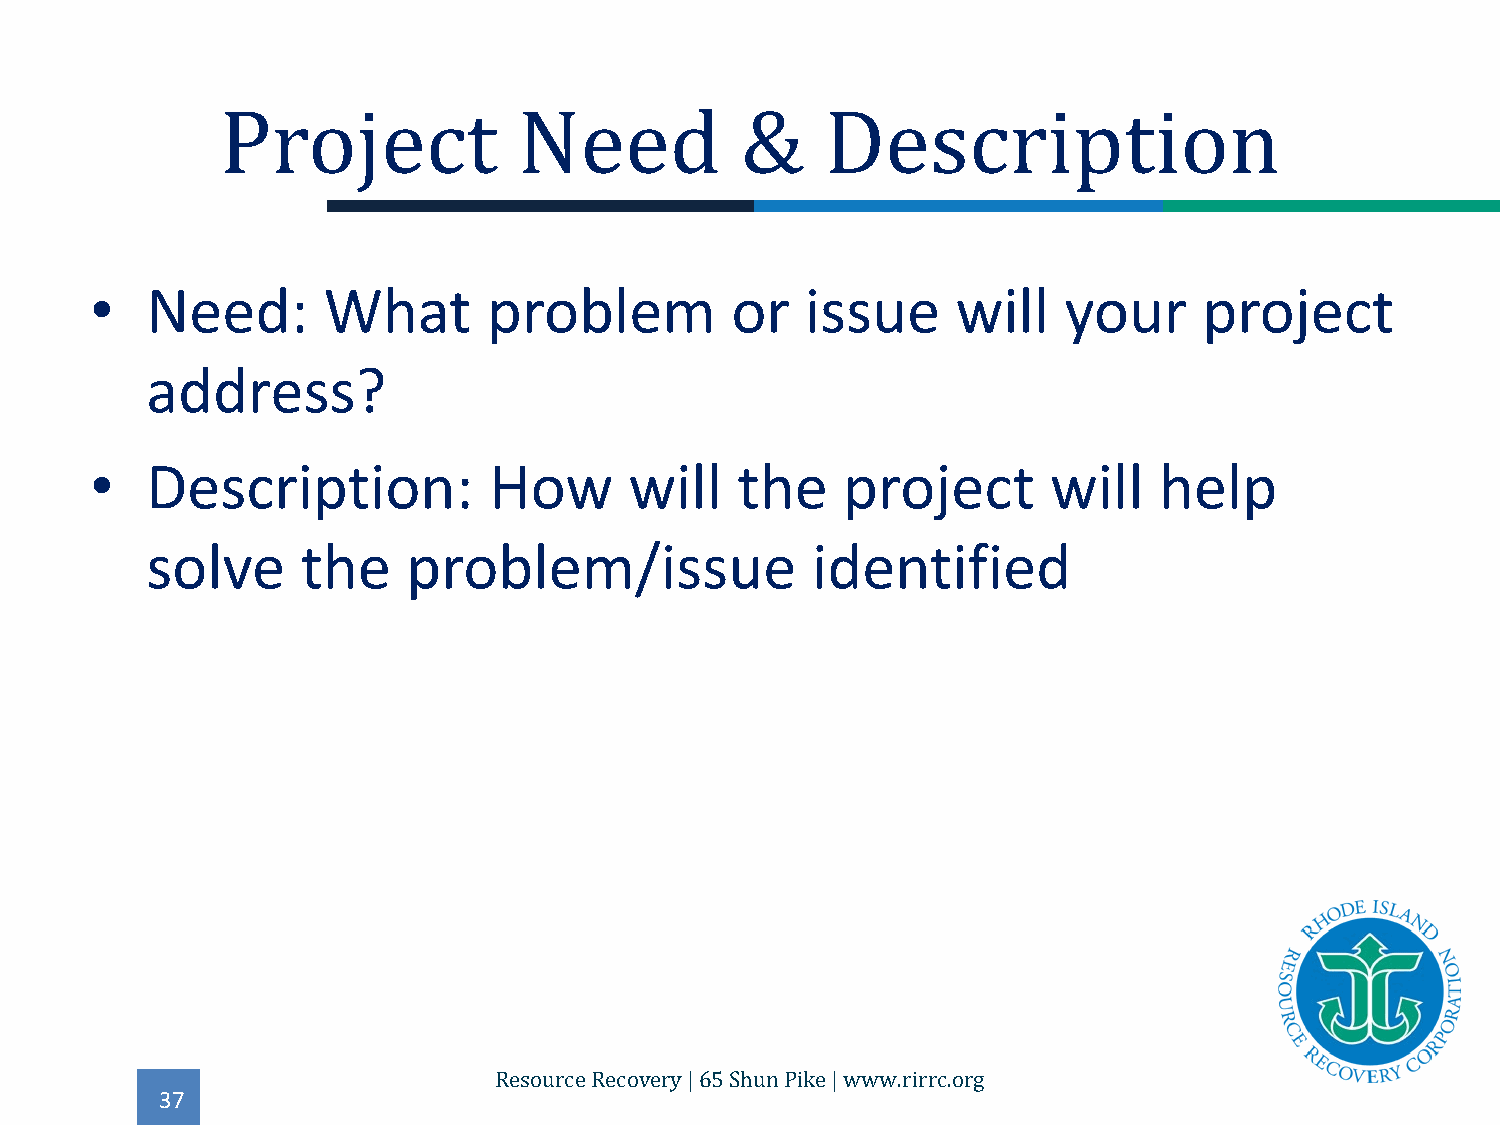
•   Need:      What       problem         or   issue     will   your      project
 Project            Need           &     Description
 address?
 •   Description:          How       will   the    project       will   help
 solve     the    problem/issue              identified
 37
 Resource Recovery | 65 Shun Pike | www.rirrc.org